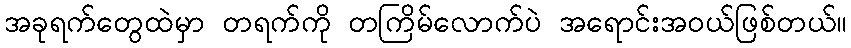
အခုရက်တွေထဲမှာ တရက်ကို တကြိမ်လောက်ပဲ အရောင်းအဝယ်ဖြစ်တယ်။